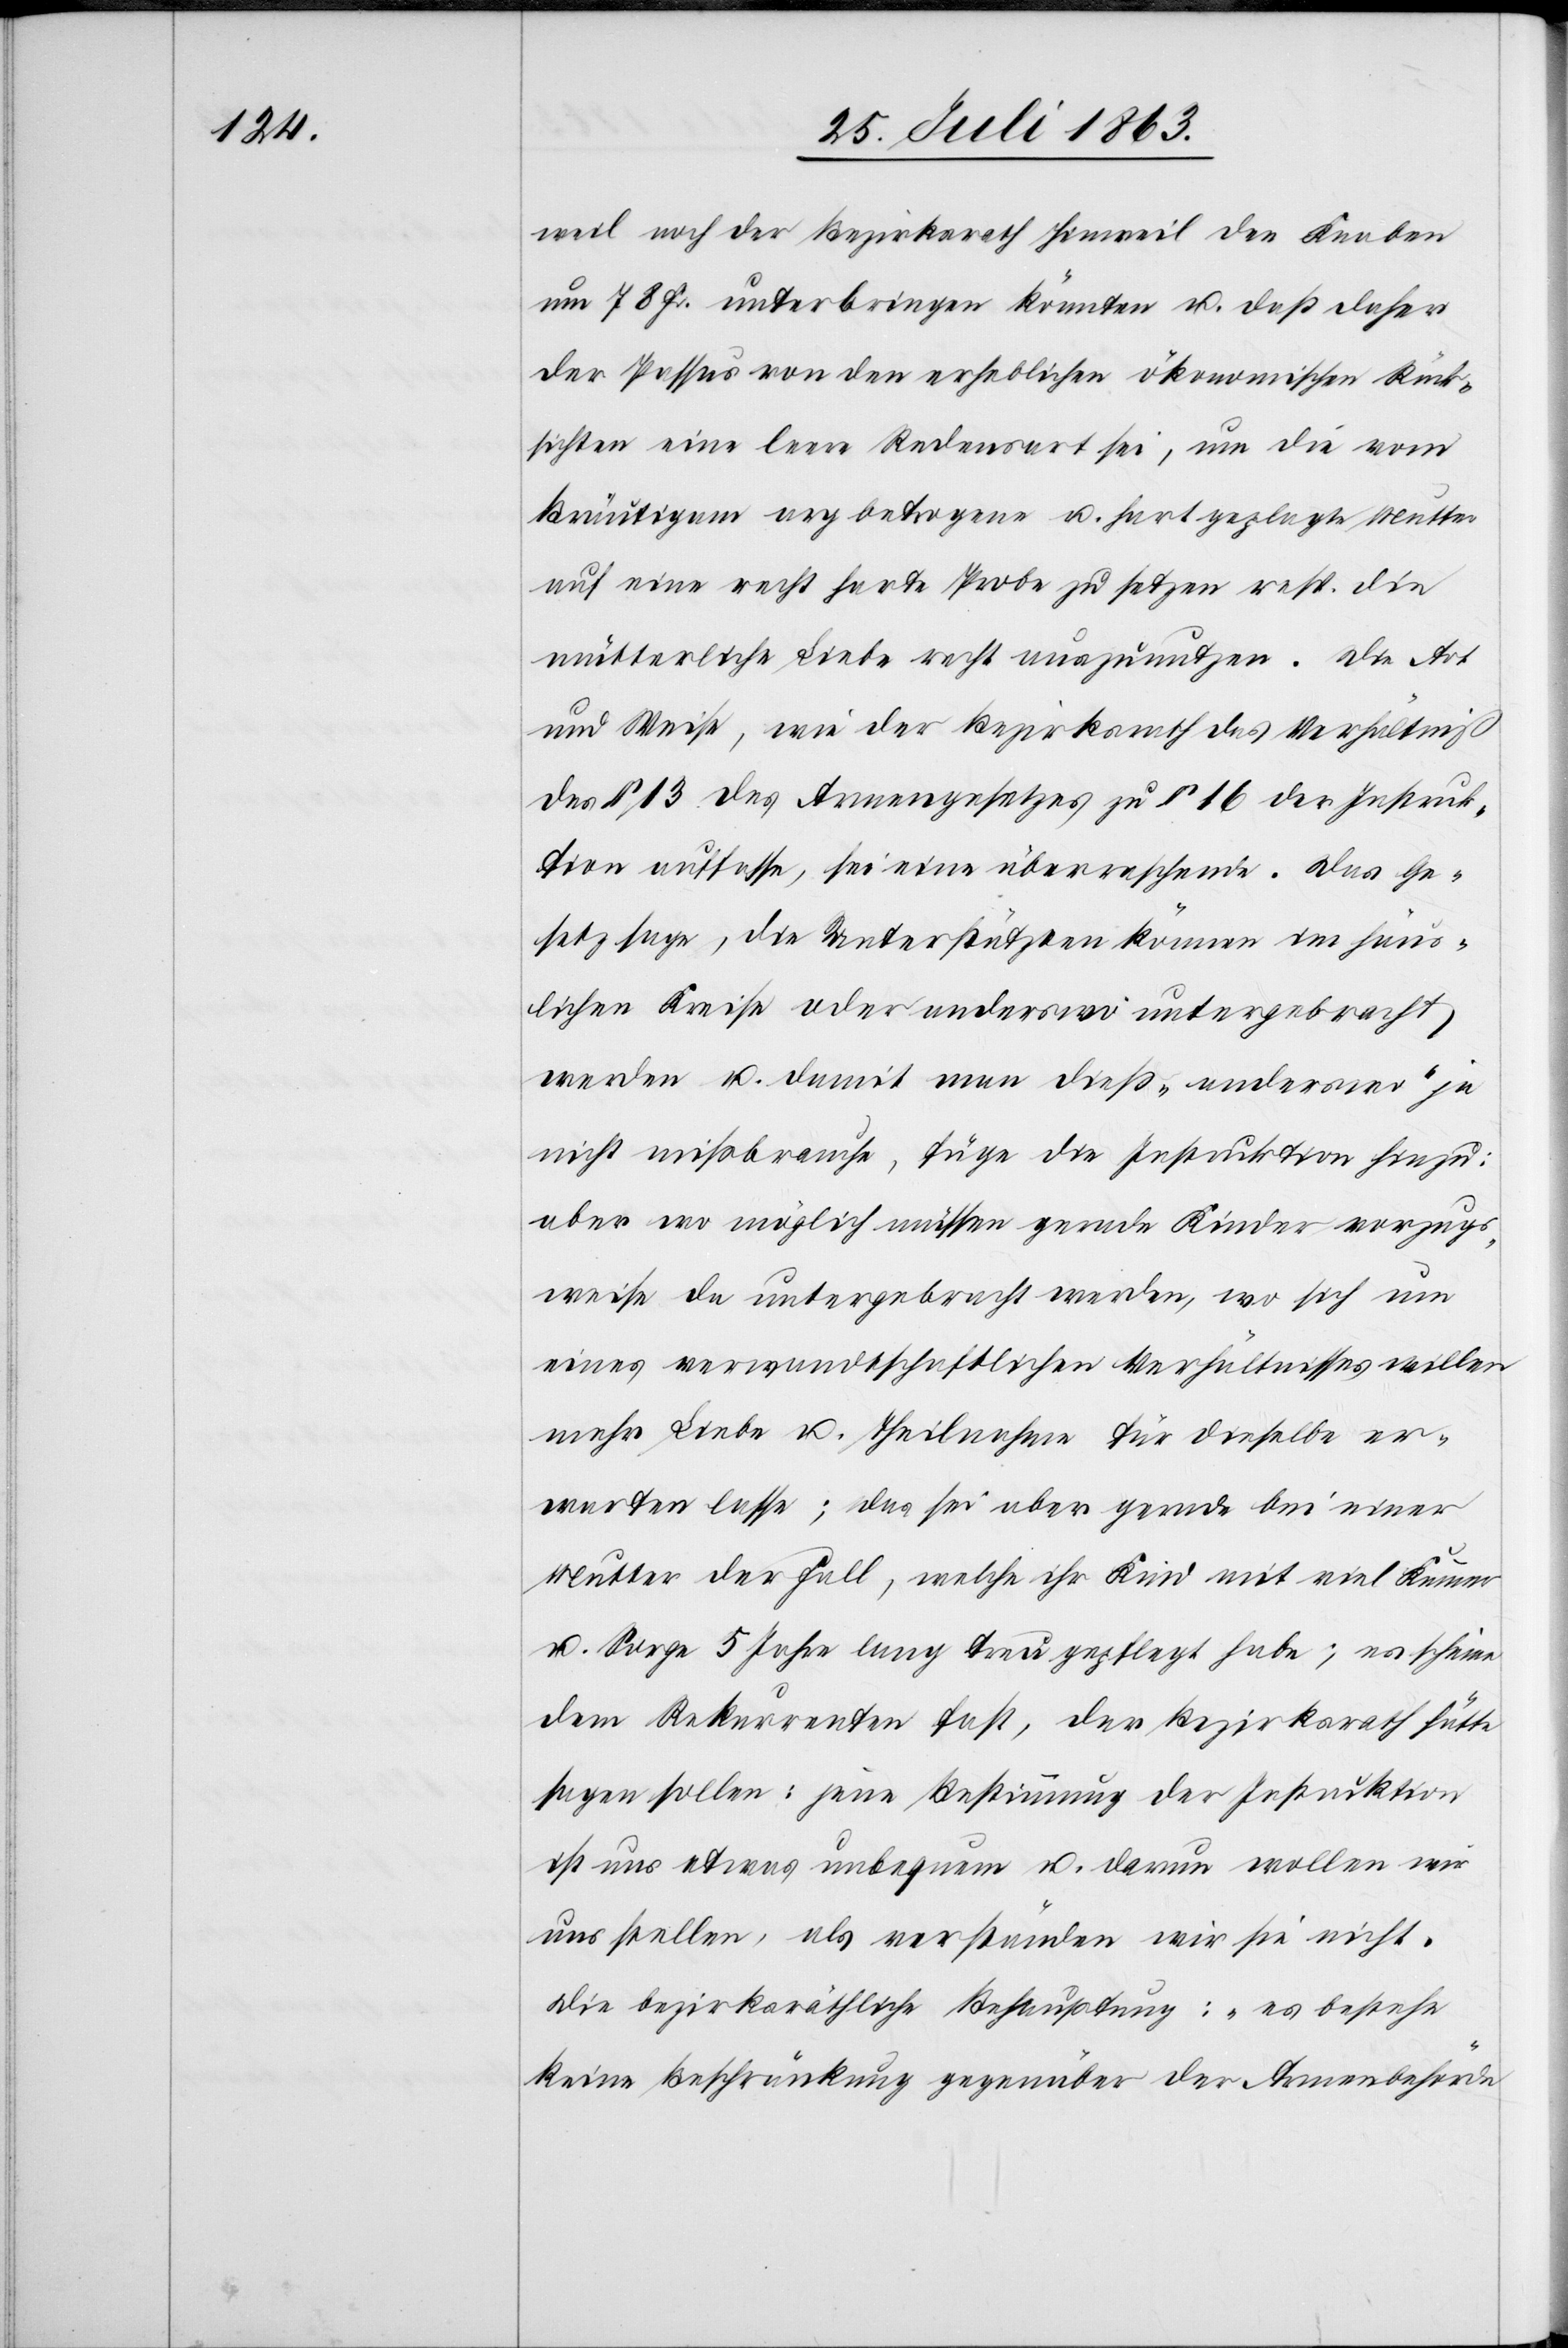
weil noch der Bezirksrath Hinweil den Knaben
um 78 Fr. unterbringen könnten u. daß daher
der Passus von den erheblichen ökonomischen Rück¬
sichten eine leere Redensart sei, um die vom
Bräutigam arg betrogene u. hart geplagte Mutter
auf eine recht harte Probe zu setzen resp. die
mütterliche Liebe recht auszunutzen. Die Art
und Weise, wie der Bezirksrath das Verhältniß
des § 13 des Armengesetzes zu § 16 der Instruk¬
tion auffasse, sei eine überraschende. Das Ge¬
setz sage, die Unterstützten können im häus¬
lichen Kreise oder anderswo untergebracht
werden u. damit man dieß „anderswo“ ja
nicht mißbrauche, füge die Instruktion hinzu:
aber wo möglich müssen gerade Kinder vorzugs¬
weise da untergebracht werden, wo sich um
eines verwandtschaftlichen Verhältnisses willen
mehr Liebe u. Theilnahme für dieselbe er¬
warten lasse; das sei aber gerade bei einer
Mutter der Fall, welche ihr Kind mit viel Kummer
u. Sorge 5 Jahre lang treu gepflegt habe; es scheine
dem Rekurrenten fast, der Bezirksrath hätte
sagen sollen: jene Bestimmung der Instruktion
ist uns etwas unbequem u. darum wollen wir
uns stellen, als verstünden wir sie nicht.
Die bezirksräthliche Behauptung: „es bestehe
keine Beschränkung gegenüber der Armenbehörde